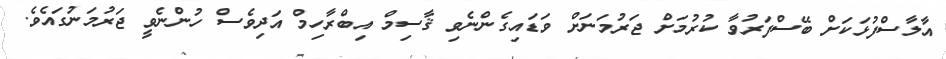
އާލާސްފުޅަކަށް ބޭސްފަރުވާ ކުރުމަށް ޖަރުމަނަށް ވަޑައިގެންނެވި ޤާސިމް އިބްރާހިމް އަދިވެސް ހުންނެވީ ޖަރުމަނުގައެވެ.